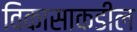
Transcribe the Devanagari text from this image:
विकासाकडील